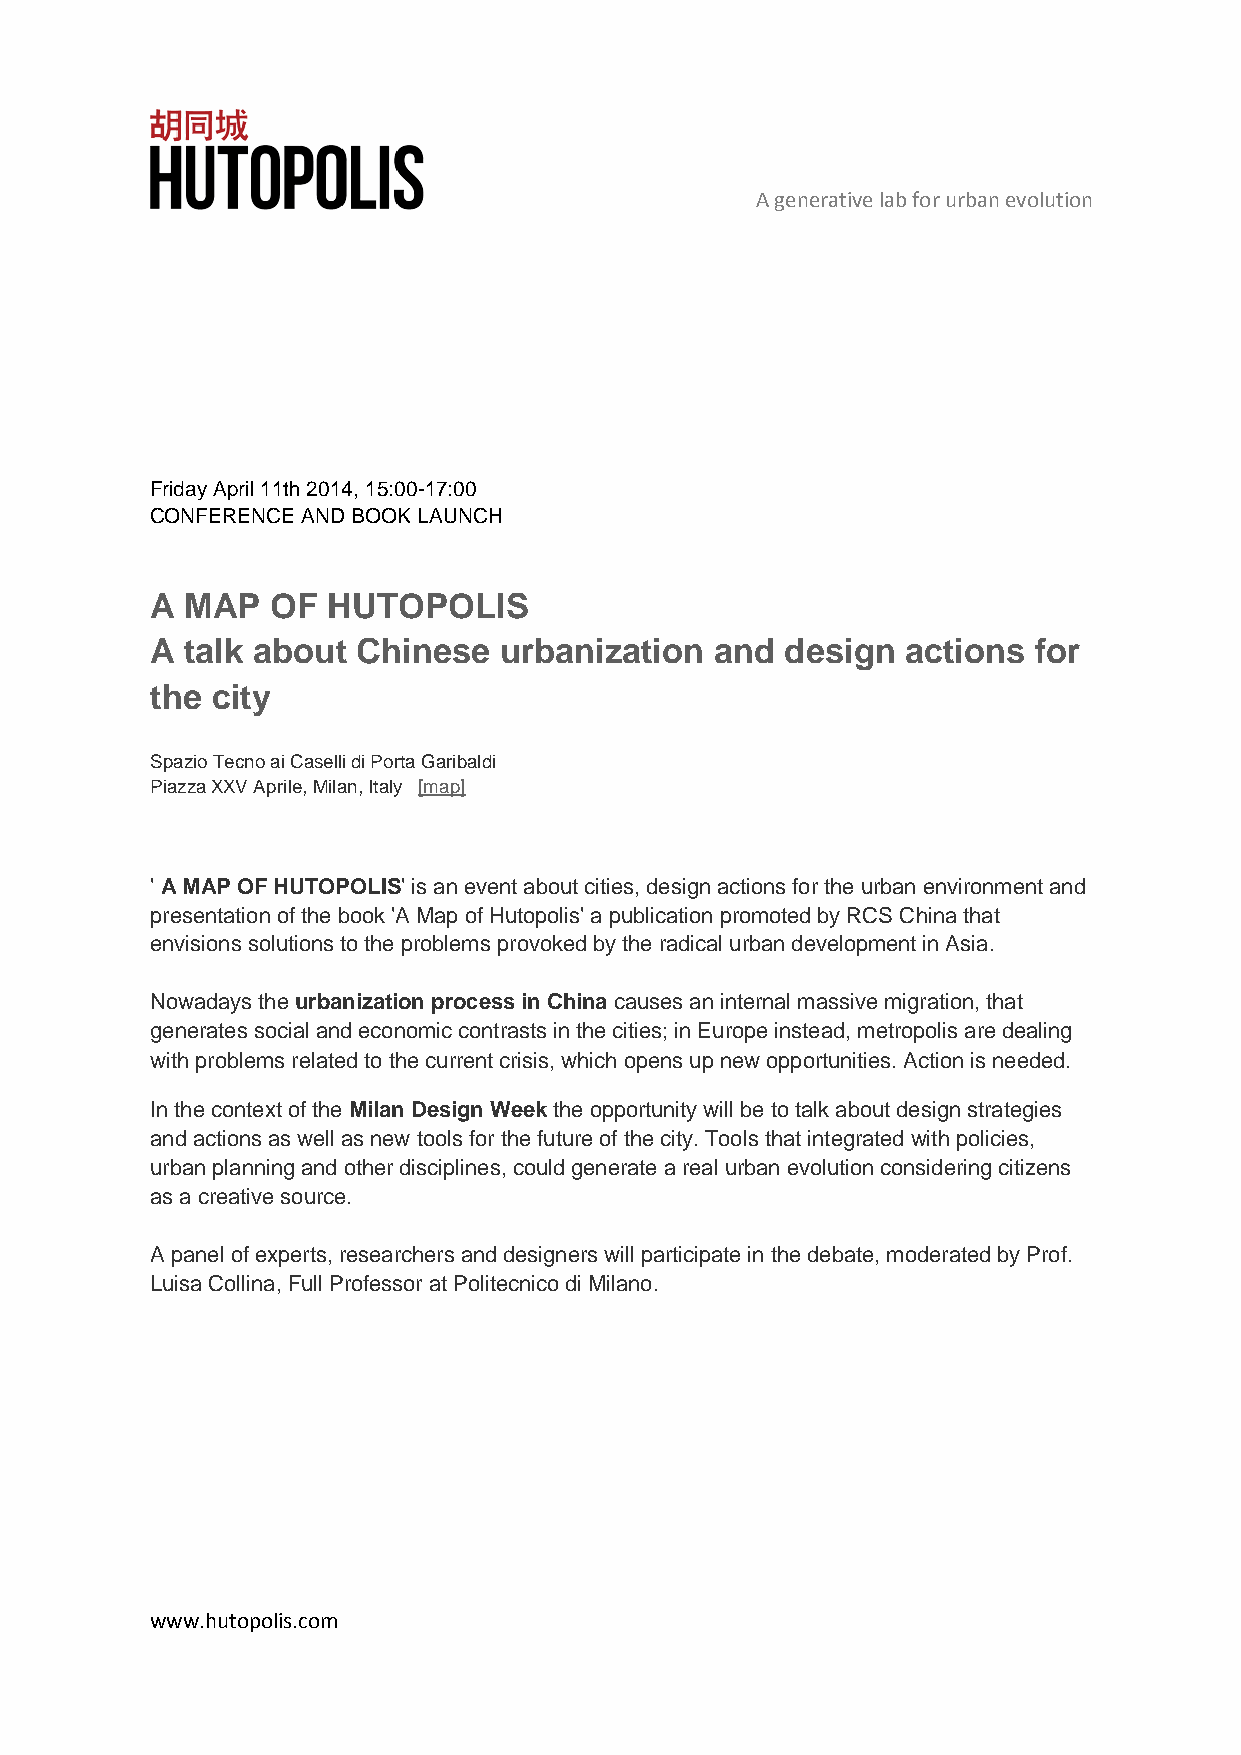
A generative lab for urban evolution
 Friday April 11th 2014, 15:00-17:00
 CONFERENCE AND BOOK LAUNCH
 A MAP   OF  HUTOPOLIS
 A talk about  Chinese  urbanization  and  design  actions for
 the city
 Spazio Tecno ai Caselli di Porta Garibaldi
 Piazza XXV Aprile, Milan, Italy [map]
 ' A MAP OF HUTOPOLIS' is an event about cities, design actions for the urban environment and
 presentation of the book 'A Map of Hutopolis' a publication promoted by RCS China that
 envisions solutions to the problems provoked by the radical urban development in Asia.
 Nowadays the urbanization process in China causes an internal massive migration, that
 generates social and economic contrasts in the cities; in Europe instead, metropolis are dealing
 with problems related to the current crisis, which opens up new opportunities. Action is needed.
 In the context of the Milan Design Week the opportunity will be to talk about design strategies
 and actions as well as new tools for the future of the city. Tools that integrated with policies,
 urban planning and other disciplines, could generate a real urban evolution considering citizens
 as a creative source.
 A panel of experts, researchers and designers will participate in the debate, moderated by Prof.
 Luisa Collina, Full Professor at Politecnico di Milano.
 www.hutopolis.com